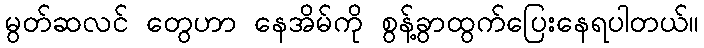
မွတ်ဆလင် တွေဟာ နေအိမ်ကို စွန့်ခွာထွက်ပြေးနေရပါတယ်။